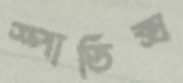
স্পাডিক্স